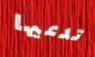
تدعيها